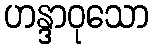
ဟန္ဒာဝုသော